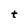
Character: t